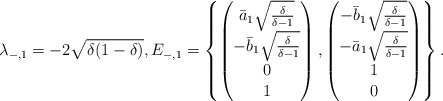
\begin{align*}\lambda_{-,1} = -2 \sqrt{\delta(1-\delta)}, E_{-,1} = \left\{ \begin{pmatrix}\bar{a}_1 \sqrt{\frac{\delta}{\delta-1}} \\ -\bar{b}_1 \sqrt{\frac{\delta}{\delta-1}} \\ 0 \\1\end{pmatrix},\begin{pmatrix}-\bar{b}_1 \sqrt{\frac{\delta}{\delta-1}} \\ -\bar{a}_1 \sqrt{\frac{\delta}{\delta-1}} \\ 1 \\0\end{pmatrix}\right\}.\end{align*}